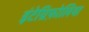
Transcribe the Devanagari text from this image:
इंटेग्रिफ़ोलिया